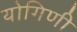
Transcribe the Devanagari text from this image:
योगिणी